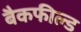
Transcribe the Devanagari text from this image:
बैकफील्ड